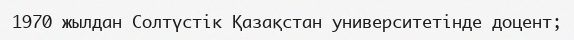
1970 жылдан Солтүстік Қазақстан университетінде доцент;